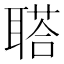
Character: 𦖿